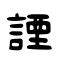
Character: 諲